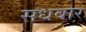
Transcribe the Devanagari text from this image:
सधवार